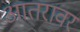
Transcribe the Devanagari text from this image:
आतरावर